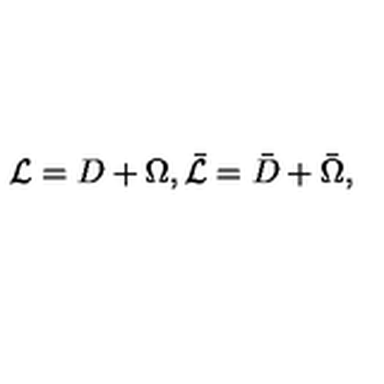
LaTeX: { \cal L } = D + \Omega , \bar { \cal L } = \bar { D } + \bar { \Omega } ,